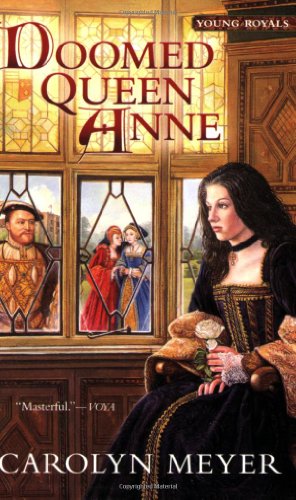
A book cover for Doomed Queen Anne: A Young Royals Book; Carolyn Meyer; Teen & Young Adult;